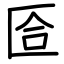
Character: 匼